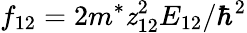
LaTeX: f_{12}=2m^{*}\mathit{z}_{12}^{2}E_{12}/\hbar^{2}